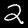
Digit: 2